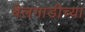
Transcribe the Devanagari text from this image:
बैलगाडीच्या